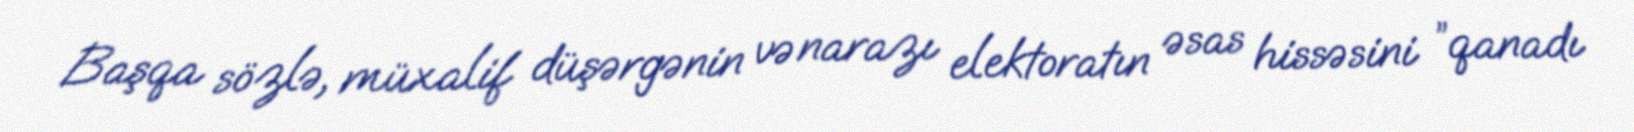
Başqa sözlə, müxalif düşərgənin və narazı elektoratın əsas hissəsini ”qanadı